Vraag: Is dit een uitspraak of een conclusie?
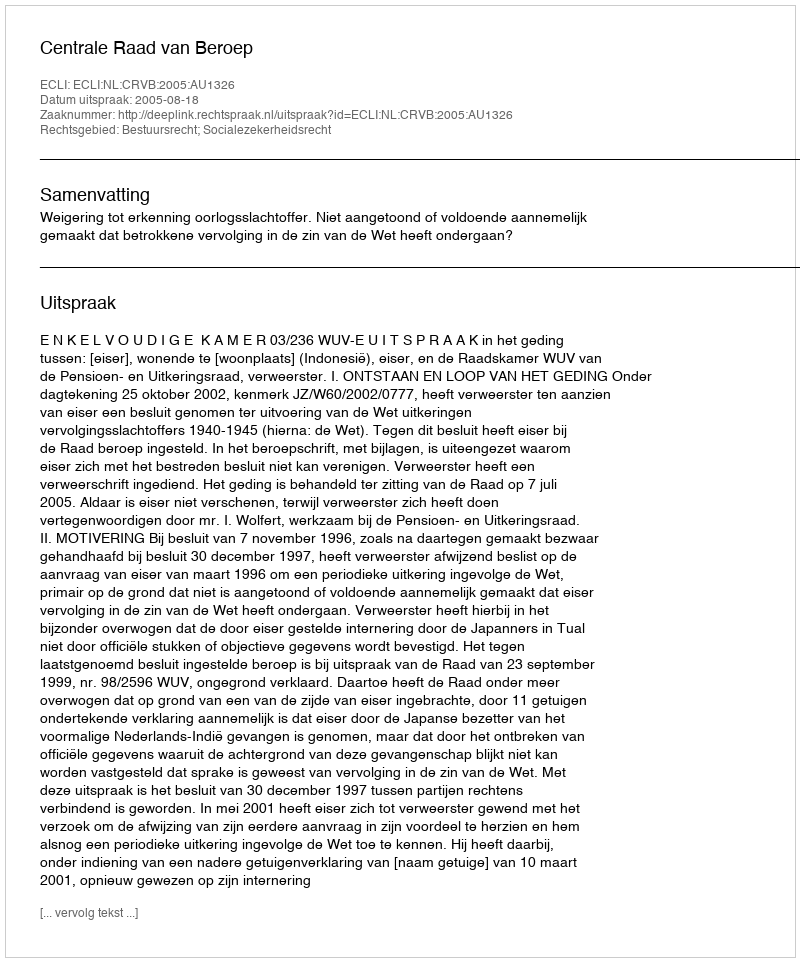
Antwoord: Uitspraak